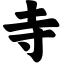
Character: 寺